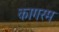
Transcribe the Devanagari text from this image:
कागरम